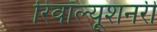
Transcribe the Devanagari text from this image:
रिवॉल्यूशनरी